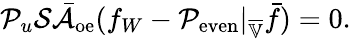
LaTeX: \mathcal{P}_{u}\mathcal{S}\bar{\mathcal{A}}_{\mathrm{oe}}(f_{W}-\mathcal{P}_{\mathrm{even}}|_{\overline{{\mathbb{V}}}}\bar{f})=0.